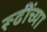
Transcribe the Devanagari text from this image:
रूढींच्या